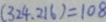
( 3 2 4 , 2 1 6 ) = 1 0 8